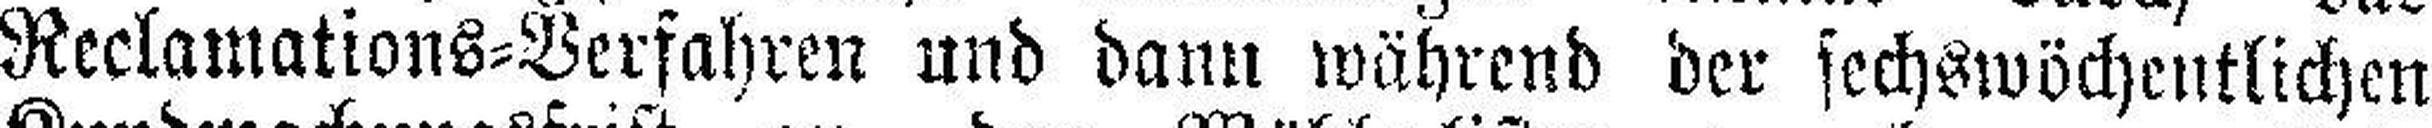
Reclamations=Verfahren und dann während der sechswöchentlichen